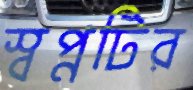
স্বপ্নটির